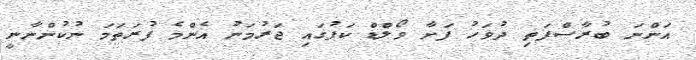
އަންނަ ބުރާސްފަތި ދުވަހު ފަށާ ވޯލްޑް ކަޕުގައި ޖަރުމަނު އެންމެ ފުރަތަމަ ނުކުންނާނީ